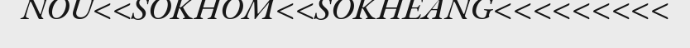
NOU<<SOKHOM<<SOKHEANG<<<<<<<<<